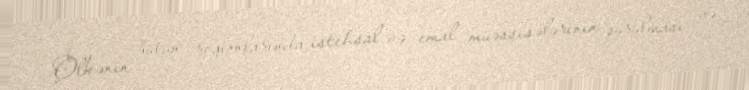
Ölkənin bütün regionlarında istehsal və emal müəssisələrinin qurulması və